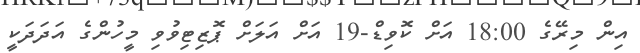
އިން މިރޭގެ 18:00 އަށް ކޮވިޑް-19 އަށް އަލަށް ޕޮޒިޓިވުވި މީހުންގެ އަދަދަކީ